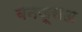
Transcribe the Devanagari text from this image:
बनजूसअ